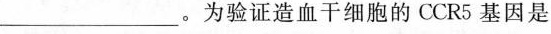
___。为验证造血干细胞的CCR5基因是